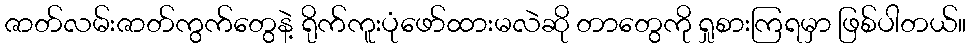
ဇာတ်လမ်းဇာတ်ကွက်တွေနဲ့ ရိုက်ကူးပုံဖော်ထားမလဲဆို တာတွေကို ရှုစားကြရမှာ ဖြစ်ပါတယ်။